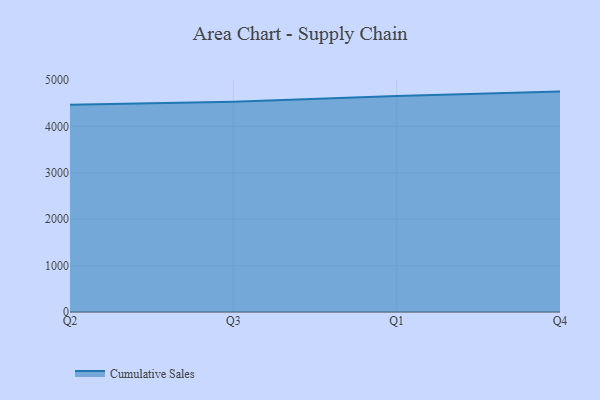
{"axis": {"x": "Quarter", "y": "Operating Costs (USD K)"}, "legend": ["Cumulative Sales"], "data": [{"x": "Q2", "y": 4464.7, "type": "Cumulative Sales"}, {"x": "Q3", "y": 4531.4, "type": "Cumulative Sales"}, {"x": "Q1", "y": 4658.0, "type": "Cumulative Sales"}, {"x": "Q4", "y": 4750.7, "type": "Cumulative Sales"}]}